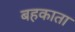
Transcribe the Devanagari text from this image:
बहकाता